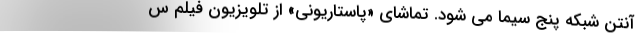
آنتن شبکه پنج سیما می شود. تماشای «پاستاریونی» از تلویزیون فیلم س